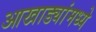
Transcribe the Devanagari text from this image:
आखाड्यांमध्ये